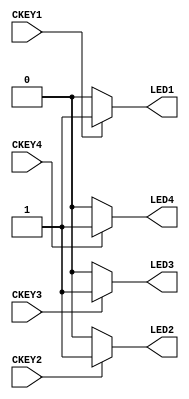
module testled(
  LED1,  //these are the connections to the module that we expose externally
  LED2, //external pin number is assigned in the UCF file like this:
  LED3,
  LED4,
  CKEY1,
  CKEY2,
  CKEY3,
  CKEY4
  
               //NET "LED"            LOC =  "P39";
               //NET "LED_INV"        LOC =  "P38";
   );


   output LED1;//LED D1 is an output from the module
   output LED2; //LED_INV is also an output
	output LED3;
	output LED4;
	
	input CKEY1;
	input CKEY2;
	input CKEY3;
	input CKEY4;

   reg LED1;//a register to output LED
   reg LED2; //a register to output LED_INV
	reg LED3;
	reg LED4;
	
	wire CKEY1;
	wire CKEY2;
	wire CKEY3;
	wire CKEY4;

   always //start of the action section
   begin
       //LED1=1'b0; //Hold the LED D1 on (high)
       //LED2=1'b1; //Hold LED D2 off (low)
		 //LED3=1'b0;
		 //LED4=1'b1;
                   //other states are
                   //1'b1 HIGH
                   //1'b0 LOW
                   //1'bz HiZ (input)
	if (CKEY1 == 0)
	    LED1=1'b0;
   else
	    LED1=1'b1;
		 
	if (CKEY2 == 0)
	    LED2=1'b0;
   else
	    LED2=1'b1;
		 
	if (CKEY3 == 0)
	    LED3=1'b0;
   else
	    LED3=1'b1;
		 
	if (CKEY4 == 0)
	    LED4=1'b0;
   else
	    LED4=1'b1;
		 
   end

endmodule